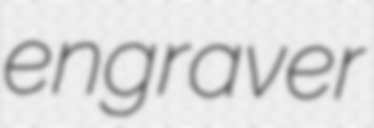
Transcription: engraver